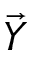
\vec { Y }